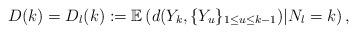
LaTeX: \begin{align*}D(k) = D_{l}(k) := \mathbb{E}\left(d(Y_{k},\{Y_u\}_{1 \leq u \leq k-1}) | N_l = k\right),\end{align*}